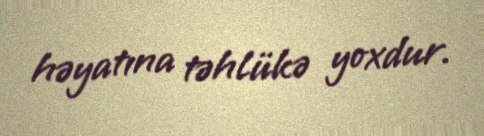
həyatına təhlükə yoxdur.